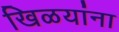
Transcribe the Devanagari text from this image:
खिळयांना